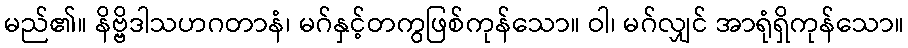
မည်၏။ နိဗ္ဗိဒါသဟဂတာနံ၊ မဂ်နှင့်တကွဖြစ်ကုန်သော။ ဝါ၊ မဂ်လျှင် အာရုံရှိကုန်သော။